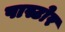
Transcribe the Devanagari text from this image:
पास्टोर